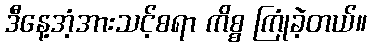
ဒီနေ့အံ့အားသင့်စရာ ကိစ္စ ကြုံခဲ့တယ်။